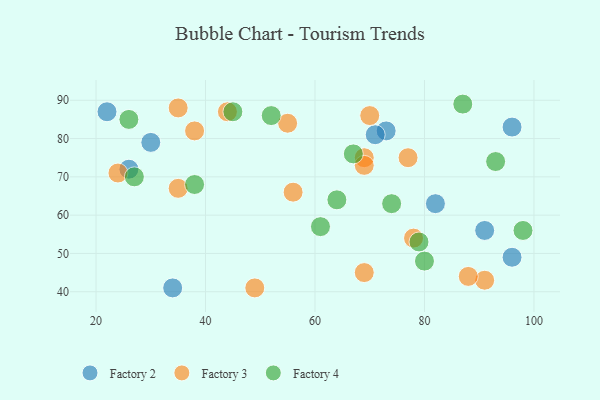
{"axis": {"x": "GDP", "y": "Life Expectancy"}, "legend": ["Factory 2", "Factory 3", "Factory 4"], "data": [{"x": "30", "y": 79, "type": "Factory 2"}, {"x": "73", "y": 82, "type": "Factory 2"}, {"x": "91", "y": 56, "type": "Factory 2"}, {"x": "96", "y": 49, "type": "Factory 2"}, {"x": "71", "y": 81, "type": "Factory 2"}, {"x": "96", "y": 83, "type": "Factory 2"}, {"x": "26", "y": 72, "type": "Factory 2"}, {"x": "22", "y": 87, "type": "Factory 2"}, {"x": "82", "y": 63, "type": "Factory 2"}, {"x": "34", "y": 41, "type": "Factory 2"}, {"x": "70", "y": 86, "type": "Factory 3"}, {"x": "91", "y": 43, "type": "Factory 3"}, {"x": "56", "y": 66, "type": "Factory 3"}, {"x": "24", "y": 71, "type": "Factory 3"}, {"x": "38", "y": 82, "type": "Factory 3"}, {"x": "69", "y": 75, "type": "Factory 3"}, {"x": "55", "y": 84, "type": "Factory 3"}, {"x": "88", "y": 44, "type": "Factory 3"}, {"x": "44", "y": 87, "type": "Factory 3"}, {"x": "77", "y": 75, "type": "Factory 3"}, {"x": "35", "y": 88, "type": "Factory 3"}, {"x": "49", "y": 41, "type": "Factory 3"}, {"x": "69", "y": 45, "type": "Factory 3"}, {"x": "35", "y": 67, "type": "Factory 3"}, {"x": "78", "y": 54, "type": "Factory 3"}, {"x": "69", "y": 73, "type": "Factory 3"}, {"x": "64", "y": 64, "type": "Factory 4"}, {"x": "87", "y": 89, "type": "Factory 4"}, {"x": "67", "y": 76, "type": "Factory 4"}, {"x": "45", "y": 87, "type": "Factory 4"}, {"x": "38", "y": 68, "type": "Factory 4"}, {"x": "52", "y": 86, "type": "Factory 4"}, {"x": "98", "y": 56, "type": "Factory 4"}, {"x": "27", "y": 70, "type": "Factory 4"}, {"x": "80", "y": 48, "type": "Factory 4"}, {"x": "26", "y": 85, "type": "Factory 4"}, {"x": "61", "y": 57, "type": "Factory 4"}, {"x": "93", "y": 74, "type": "Factory 4"}, {"x": "79", "y": 53, "type": "Factory 4"}, {"x": "74", "y": 63, "type": "Factory 4"}]}